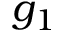
g _ { 1 }